Report on horse surra - Volume I
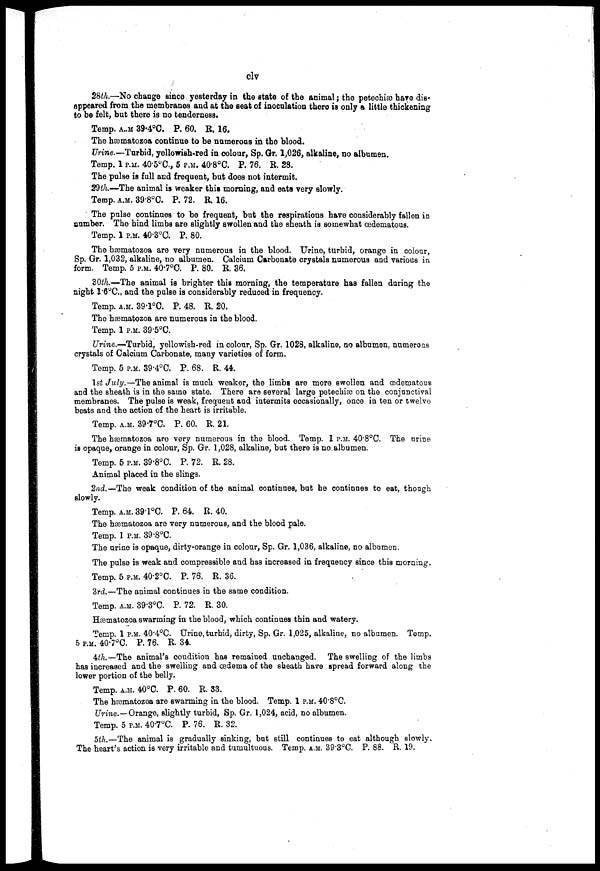
civ
28th.—No change since yesterday in the state of the animal; the petechias hare dis-
appeared from the membranes and at the seat of inoculation there is only a little thickening
to be felt, but there is no tenderness.
Temp. a.m 39.4°C. P. 60. E. 16.
The hæmatozoa continue to be numerous in the blood.
Urine.—Turbid, yellowish-red in colour, Sp. Gr. 1,026, alkaline, no albumen.
Temp. 1 P.M. 40.5°C, 5 P.M. 40.8°C. P. 76. R. 28.
The pulse is full and frequent, but does not intermit.
29th.—The animal is weaker this morning, and eats very slowly.
Temp. a„m. 39.8°C. P. 72. R. 16.
The pulse continues to be frequent, but the respirations have considerably fallen in
number. The hind limbs are slightly swollen and the sheath is somewhat œdematous.
Temp. 1 P.M. 40.3°C. P. 80.
The hæmatozoa are very numerous in the blood. Urine, turbid, orange in colour,
Sp. Gr. 1,032, alkaline, no albumen. Calcium Carbonate crystals numerous and various in
form. Temp. 5 P.M. 40.7°C. P. 80. R. 36.
30th.—The animal is brighter this morning, the temperature has fallen during the
night 1.6°C., and the pulse is considerably reduced in frequency.
Temp. A.M. 39.1°C. P. 48. R. 20.
The hæmatozoa are numerous in the blood.
Temp. 1 P.M. 39.5°C.
Urine.—Turbid, yellowish-red in colour, Sp. Gr. 1028, alkaline, no albumen, numerous
crystals of Calcium Carbonate, many varieties of form.
Temp. 5 P.M. 39.4ºC. P. 68. R. 44.
1st July.—The animal is much weaker, the limbs are more swollen and œdematous
and the sheath is in the same state. There are several large petechias on the conjunctival
membranes. The pulse is weak, frequent and intermits occasionally, once in ten or twelve
beats and the action of the heart is irritable.
Temp. A.M. 39.7°C. P. 60. R. 21.
The hæmatozoa are very numerous in the blood. Temp. 1 P.M. 40.8°C. The urine
is opaque, orange in colour, Sp. Gr. 1,028, alkaline, but there is no albumen.
Temp. 5 P.M. 39.8°C. P. 72. R. 28.
Animal placed in the slings.
2nd.—The weak condition of the animal continues, but he continues to eat, though
slowly.
Temp. A.M.39.1°C. P. 64. R. 40.
The hæmatozoa are very numerous, and the blood pale.
Temp. 1 P.M. 39.8°C.
The urine is opaque, dirty-orange in colour, Sp. Gr. 1,036, alkaline, no albumen.
The pulse is weak and compressible and has increased in frequency since this morning
Temp. 5 P.M. 40.2°C. P. 76. R. 36.
3rd.—The animal continues in the same condition.
Temp. A.M. 39.3°C. P. 72. R. 30.
Hæmatozoa swarming in the blood, which continues thin and watery.
Temp. 1 P.M. 40.4°C. Urine, turbid, dirty, Sp. Gr. 1,025, alkaline, no albumen. Temp.
5 P.M. 40.7°C. P. 76. R. 34.
4th.— The animal's condition has remained unchanged. The swelling of the limbs
has increased and the swelling and oedema of the sheath have spread forward along the
lower portion of the belly.
Temp. A.M. 40°C. P. 60. R. 33.
The hæmatozoa are swarming in the blood. Temp. 1 P.M. 40.8°C.
Urine.—Orange, slightly turbid, Sp. Gr. 1,024, acid, no albumen.
Temp. 5 P.M. 40.7°C. P. 76. R. 32.
5th.—The animal is gradually sinking, but still continues to eat although slowly.
The heart's action is very irritable and tumultuous. Temp. A.M. 39.3°C. P. 88. R. 19.